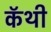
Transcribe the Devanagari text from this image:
कॅथी